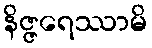
နိဇ္ဇရေဿာမိ